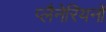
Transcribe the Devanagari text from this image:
प्लैनेरियनों